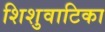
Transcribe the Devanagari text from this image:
शिशुवाटिका